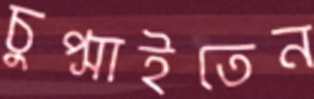
চুপ্‌সাইতেন